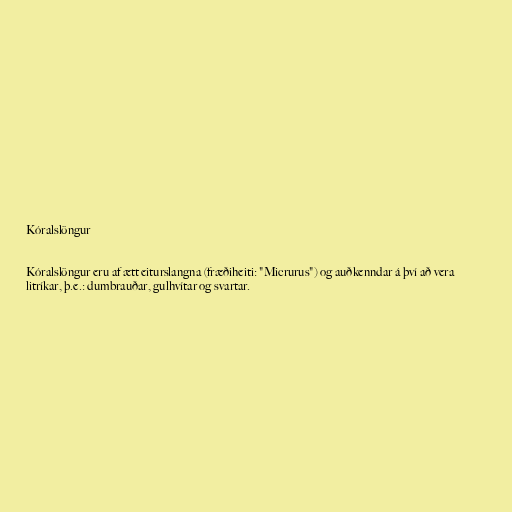
Kóralslöngur

Kóralslöngur eru af ætt eiturslangna (fræðiheiti: "Micrurus") og auðkenndar á því að vera
litríkar, þ.e.: dumbrauðar, gulhvítar og svartar.